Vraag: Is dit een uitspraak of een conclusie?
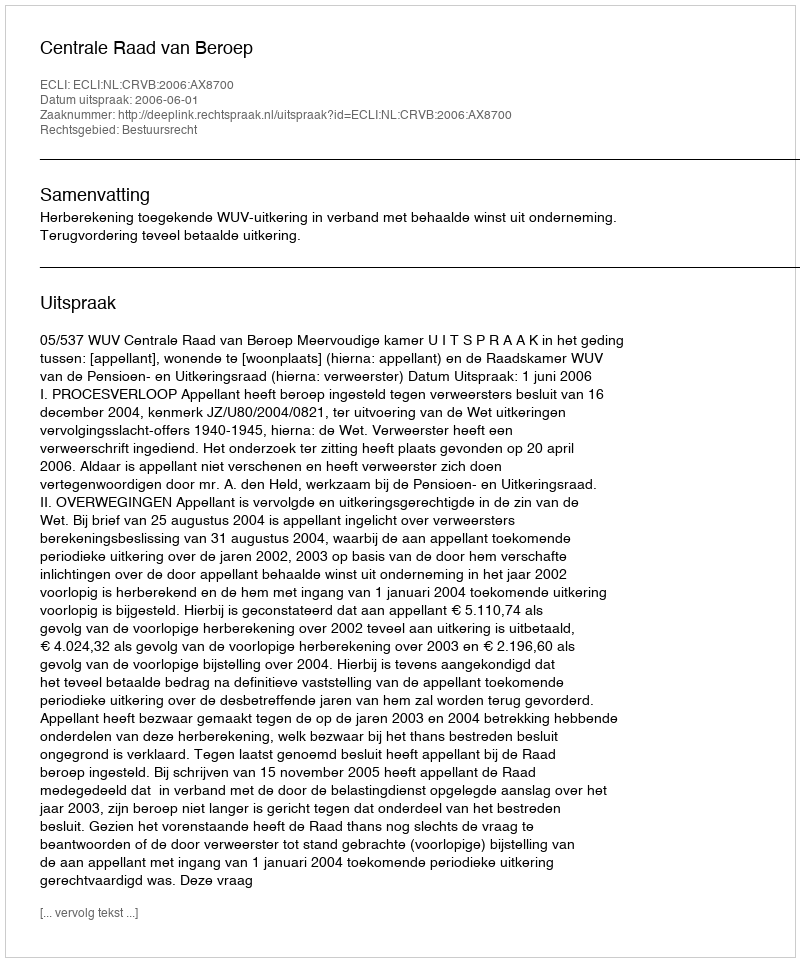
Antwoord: Uitspraak